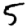
Digit: 5